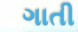
ગાતી